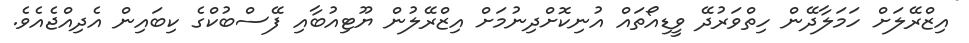
އިޒްރޭލަށް ހަމަލާދޭން ހިތްވަރުދޭ ވީޑިއޯތައް އުނިކޮށްދިނުމަށް އިޒްރޭލުން ޔޫޓިއުބާއި ފޭސްބުކްގެ ކިބައިން އެދިއްޖެއެވެ.